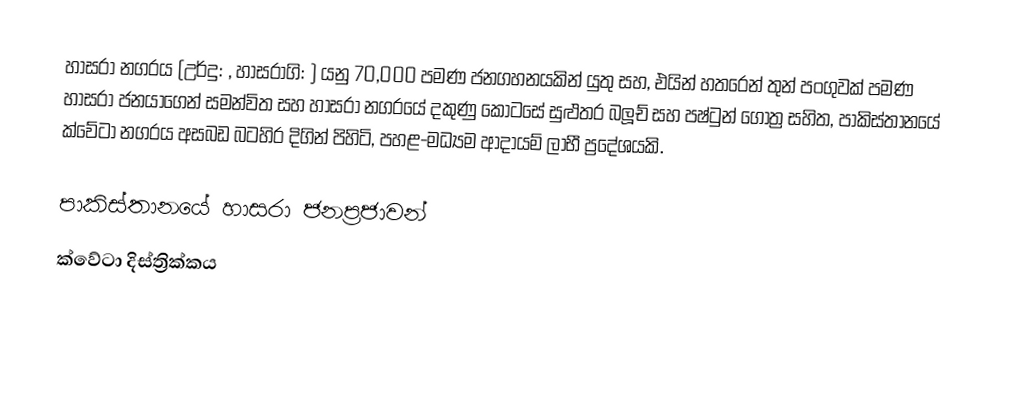
හාසරා නගරය (උර්දු: , හාසරාගි: ) යනු 70,000 පමණ ජනගහනයකින් යුතු සහ, එයින් හතරෙන් තුන් පංගුවක් පමණ හාසරා ජනයාගෙන් සමන්විත සහ හාසරා නගරයේ දකුණු කොටසේ සුළුතර බලූච් සහ පෂ්ටුන් ගෝත්‍ර සහිත,   පාකිස්තානයේ  ක්වේටා‍ නගරය අසබඩ බටහිර දිගින් පිහිටි,  පහළ-මධ්‍යම ආදායම් ලාභී ප්‍රදේශයකි.

පාකිස්තානයේ හාසරා ජනප්‍රජාවන්
ක්වේටා දිස්ත්‍රික්කය